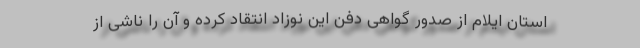
استان ایلام از صدور گواهی دفن این نوزاد انتقاد کرده و آن را ناشی از